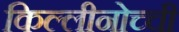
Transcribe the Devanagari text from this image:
किल्लीनोच्ची